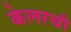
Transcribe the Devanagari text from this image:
केलरची